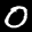
Label: 0